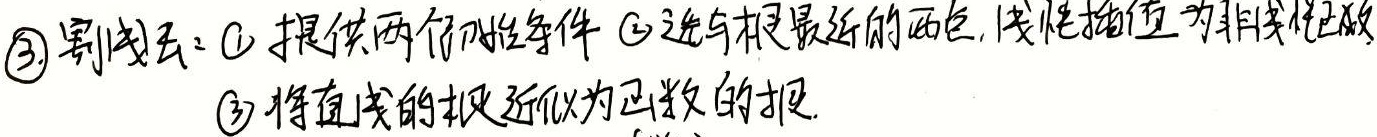
\textcircled{3} 割线法：\textcircled{1} 提供两个初值条件 \textcircled{2} 选与根最近的两点，线性插值为非线性函数\textcircled{3} 将直线的根近似为函数的根.